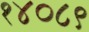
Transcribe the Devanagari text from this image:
१४०८९